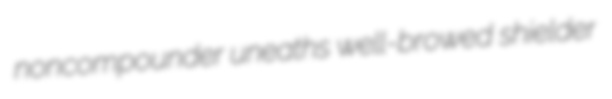
noncompounder uneaths well-browed shielder